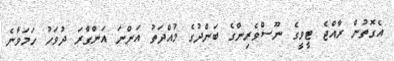
އެގޮތުން ރާއްޖެ ޓީވީގެ ނޫސްވެރިންގެ ބަންދުގެ މުއްދަތު އަންނަ އަންގާރަ ދުވަހު ހަމަވާނެ